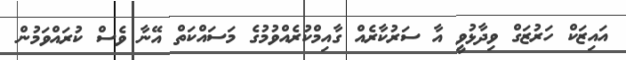
އައިޒަކް ހަރުޒަގް ވިދާޅުވީ އާ ސަރުކާރެއް ގާއިމްކުރެއްވުމުގެ މަސައްކަތް އޭނާ ވެސް ކުރައްވަމުން